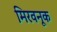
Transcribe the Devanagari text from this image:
मिरवनूक